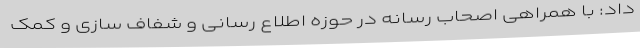
داد: با همراهی اصحاب رسانه در حوزه اطلاع رسانی و شفاف سازی و کمک